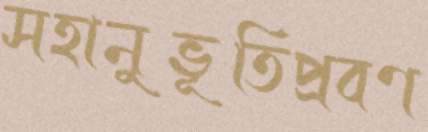
সহানুভূতিপ্রবণ